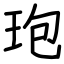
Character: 玸